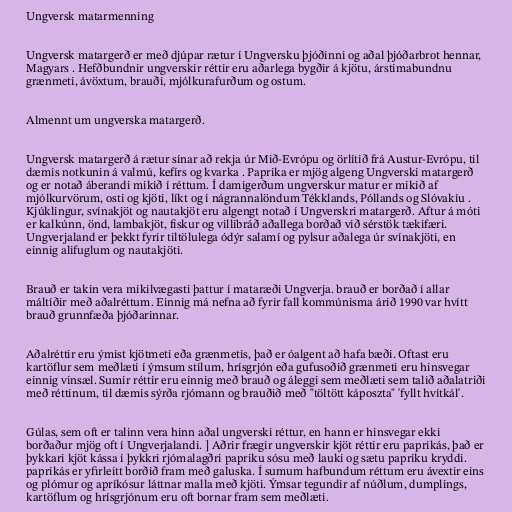
Ungversk matarmenning

Ungversk matargerð er með djúpar rætur í Ungversku þjóðinni og aðal þjóðarbrot hennar,
Magyars . Hefðbundnir ungverskir réttir eru aðarlega bygðir á kjötu, árstimabundnu
grænmeti, ávöxtum, brauði, mjólkurafurðum og ostum.

Almennt um ungverska matargerð.

Ungversk matargerð á rætur sínar að rekja úr Mið-Evrópu og örlítið frá Austur-Evrópu, til
dæmis notkunin á valmú, kefírs og kvarka . Paprika er mjög algeng Ungverski matargerð
og er notað áberandi mikið í réttum. Í damigerðum ungverskur matur er mikið af
mjólkurvörum, osti og kjöti, líkt og í nágrannalöndum Tékklands, Póllands og Slóvakíu .
Kjúklingur, svínakjöt og nautakjöt eru algengt notað í Ungverskri matargerð. Aftur á móti
er kalkúnn, önd, lambakjöt, fiskur og villibráð aðallega borðað við sérstök tækifæri.
Ungverjaland er þekkt fyrir tiltölulega ódýr salamí og pylsur aðalega úr svínakjöti, en
einnig alifuglum og nautakjöti.

Brauð er takin vera mikilvægasti þattur í mataræði Ungverja. brauð er borðað í allar
máltíðir með aðalréttum. Einnig má nefna að fyrir fall kommúnisma árið 1990 var hvítt
brauð grunnfæða þjóðarinnar.

Aðalréttir eru ýmist kjötmeti eða grænmetis, það er óalgent að hafa bæði. Oftast eru
kartöflur sem meðlæti í ýmsum stílum, hrísgrjón eða gufusoðið grænmeti eru hinsvegar
einnig vinsæl. Sumir réttir eru einnig með brauð og áleggi sem meðlæti sem talið aðalatriði
með réttinum, til dæmis sýrða rjómann og brauðið með "töltött káposzta" 'fyllt hvítkál'.

Gúlas, sem oft er talinn vera hinn aðal ungverski réttur, en hann er hinsvegar ekki
borðaður mjög oft í Ungverjalandi. ] Aðrir frægir ungverskir kjöt réttir eru paprikás, það er
þykkari kjöt kássa í þykkri rjómalagðri papriku sósu með lauki og sætu papríku kryddi.
paprikás er yfirleitt borðið fram með galuska. Í sumum hafbundum réttum eru ávextir eins
og plómur og apríkósur láttnar malla með kjöti. Ýmsar tegundir af núðlum, dumplings,
kartöflum og hrísgrjónum eru oft bornar fram sem meðlæti.